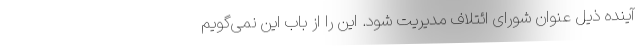
آینده ذیل عنوان شورای ائتلاف مدیریت شود. این را از باب این نمی‌گویم